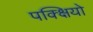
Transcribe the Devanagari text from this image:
पक्क्षियो